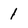
Character: 1